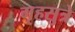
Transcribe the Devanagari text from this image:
गृहसुत्रे